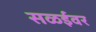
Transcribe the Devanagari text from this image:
सळईवर